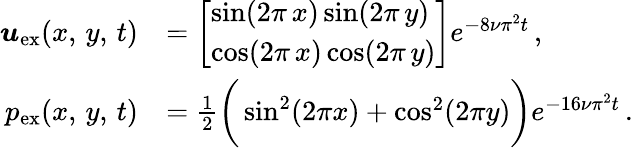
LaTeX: \begin{array}{rl}{\boldsymbol{u}_{\mathrm{ex}}(x,\, y,\, t)}&{=\left[\begin{array}{l}{\sin(2\pi\, x)\sin(2\pi\, y)}\\ {\cos(2\pi\, x)\cos(2\pi\, y)}\end{array}\right]e^{-8\nu\pi^{2}t}\, ,}\\ {p_{\mathrm{ex}}(x,\, y,\, t)}&{=\frac{1}{2}\bigg(\sin^{2}(2\pi x)+\cos^{2}(2\pi y)\bigg)e^{-16\nu\pi^{2}t}\, .}\end{array}